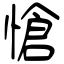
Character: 愴